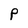
Character: P